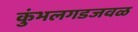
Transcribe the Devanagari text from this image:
कुंभलगडजवळ